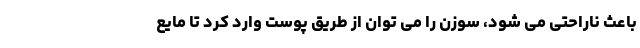
باعث ناراحتی می شود، سوزن را می توان از طریق پوست وارد کرد تا مایع